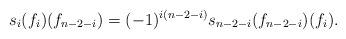
\begin{align*}s_i(f_i)(f_{n-2-i})=(-1)^{i(n-2-i)} s_{n-2-i}(f_{n-2-i})(f_i).\end{align*}